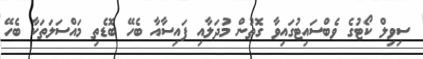
ސިވިލް ކޯޓުގެ ވެބްސައިޓުގައިވާ ގޮތުން މުދަލާއި ފައިސާއާ ބެހޭ ބޮޑެތި މައްސަލަތަކާ ބެހޭ